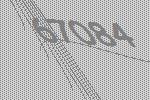
67084